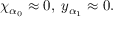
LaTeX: \chi _ { \alpha _ { 0 } } \approx 0 , \; y _ { \alpha _ { 1 } } \approx 0 .